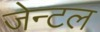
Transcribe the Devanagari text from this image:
जेन्टल